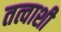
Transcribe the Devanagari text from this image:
तत्वाशी